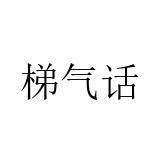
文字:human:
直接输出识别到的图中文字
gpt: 梯气话